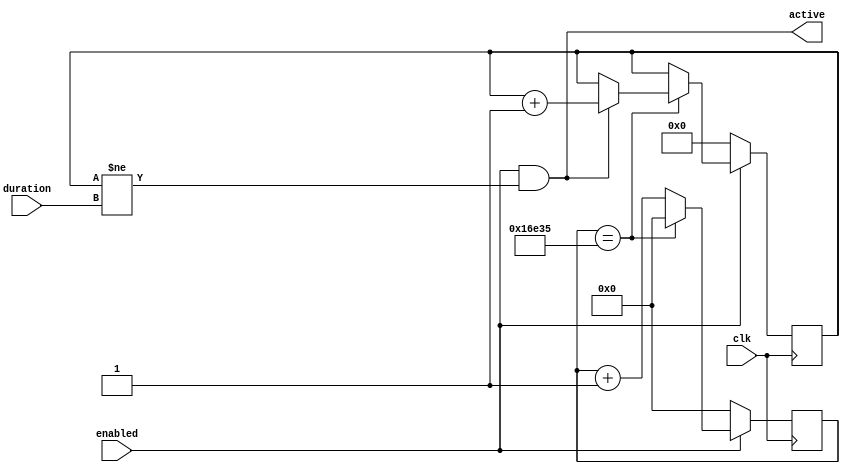
module delay #(
    parameter PREDIV = 93750, // 512 hz for delays
    parameter WIDTH = 11
) (
    input clk,
    input [WIDTH-1:0] duration,
    input enabled,
    output active
);

localparam PREWIDTH = $clog2(PREDIV);
localparam PREMAX = PREDIV - 1;

reg [PREWIDTH-1:0] prescale = 0; // delay prescaller
reg [WIDTH-1:0] ctr = {WIDTH{1'b0}}; // delay counter

assign active = enabled && ctr != duration;

always @(posedge clk) begin
    if (!enabled) begin
        prescale <= 1'b0;
        ctr <= {WIDTH{1'b0}};
    end else begin
        if (prescale == PREMAX) begin
            if (active) begin
                ctr <= ctr + 1'b1;
            end
            prescale <= 0;
        end else begin
            prescale <= prescale + 1'b1;
        end
    end
end

endmodule